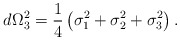
\begin{align*}d\Omega_{3}^{2}=\frac{1}{4}\left( \sigma_{1}^{2}+\sigma_{2}^{2}+\sigma_{3}^{2}\right) .\end{align*}